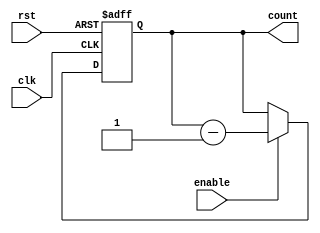
module Binary_down_counter_enable(
    input wire clk,      // Clock input
    input wire rst,      // Reset input
    input wire enable,   // Enable input
    output reg [3:0] count // 4-bit binary down counter output
);

always @(posedge clk or posedge rst) begin
    if (rst) begin
        count <= 4'b1111;  // Reset the counter to its maximum value
    end else begin
        if (enable) begin
            count <= count - 1;  // Decrement the counter by 1 when enabled
        end
    end
end

endmodule